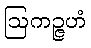
ဩကဉ္ဇဟံ